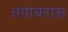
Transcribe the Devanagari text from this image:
तपांबरास